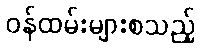
ဝန်ထမ်းများစသည့်